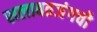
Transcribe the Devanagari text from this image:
सलाबतजंगची